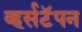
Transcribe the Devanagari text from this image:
व्हर्सटॅपन